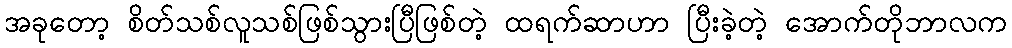
အခုတော့ စိတ်သစ်လူသစ်ဖြစ်သွားပြီဖြစ်တဲ့ ထရက်ဆာဟာ ပြီးခဲ့တဲ့ အောက်တိုဘာလက